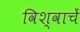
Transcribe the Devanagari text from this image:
विश्वाचें